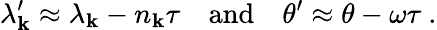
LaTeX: \lambda_{\mathbf{k}}^{\prime}\approx\lambda_{\mathbf{k}}-n_{\mathbf{k}}\tau\quad\mathrm{{and}}\quad\theta^{\prime}\approx\theta-\omega\tau\ .